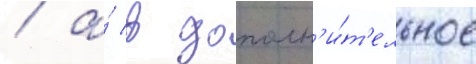
/ а́ в дополн'и́т'ельное